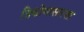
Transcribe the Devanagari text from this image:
त्रिकोणासारखा